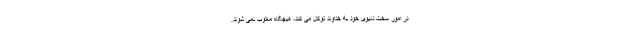
در امور سخت دنیوی خود به خداوند توکل می کند، هیچگاه مغلوب نمی شوند.